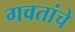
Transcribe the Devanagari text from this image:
गवतांचे